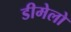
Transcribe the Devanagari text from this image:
डीमेलो